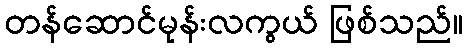
တန်ဆောင်မုန်းလကွယ် ဖြစ်သည်။